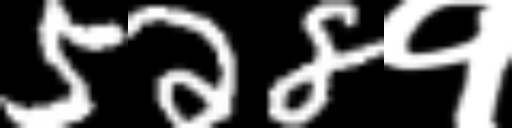
Text: 528१